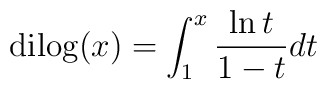
{\rm dilog}(x)=\int_{1}^{x} {\ln{t}\over{1-t}}dt